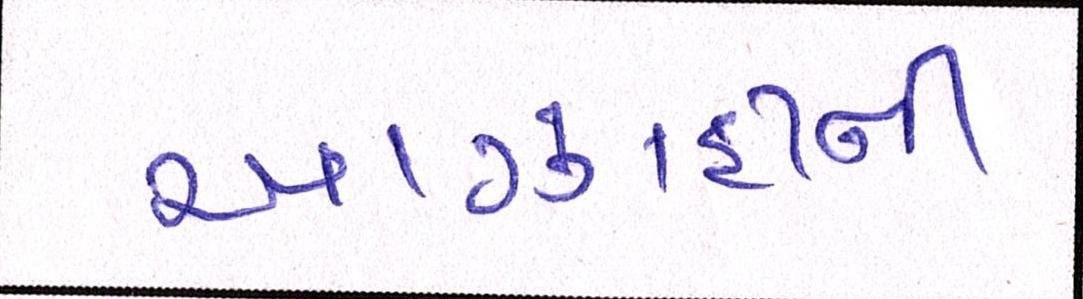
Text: આઝાદીની